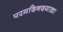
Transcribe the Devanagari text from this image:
परमदिनदयाळा